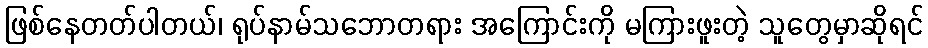
ဖြစ်နေတတ်ပါတယ်၊ ရုပ်နာမ်သဘောတရား အကြောင်းကို မကြားဖူးတဲ့ သူတွေမှာဆိုရင်